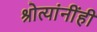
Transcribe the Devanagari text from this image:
श्रोत्यांनींही